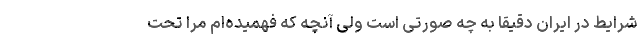
شرایط در ایران دقیقا به چه صورتی است ولی آنچه که فهمیده‌ام مرا تحت